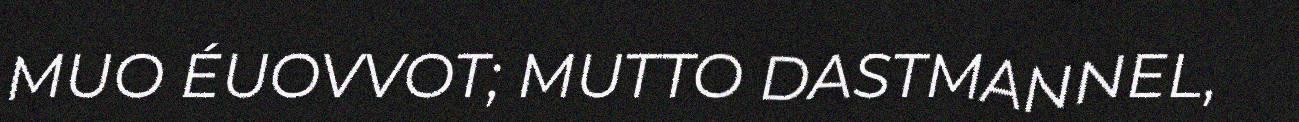
MUO ÉUOVVOT; MUTTO DASTMANNEL,